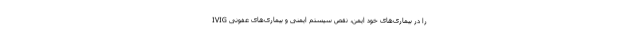
IVIG را در بیماری‌های خود ایمن، نقص سیستم ایمنی و بیماری‌های عفونی